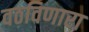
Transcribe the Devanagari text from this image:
वठविणारा